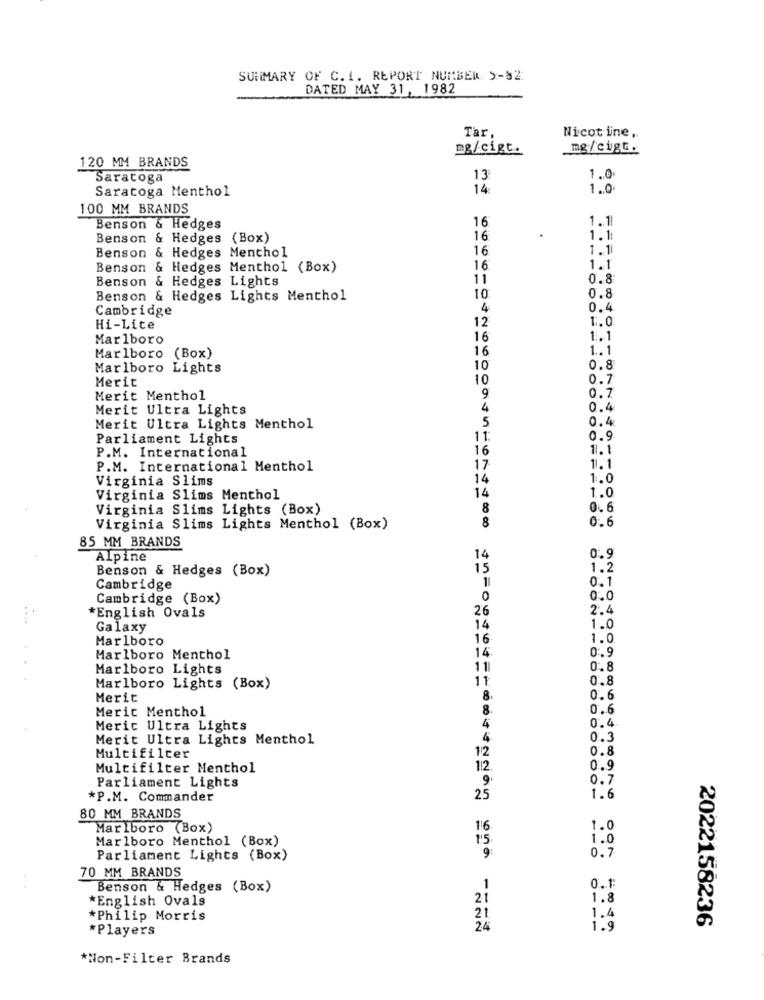
SUMMARY OF C. 1. REPORT NUMBER >-82:
DATED MAY 31, 1982
Tar
Nicot ine,
mg/cigt.
mg/cigt.
120 MM BRANDS
Saratoga
13
1 .. 0
Saratoga Menthol
14
1.0
100 MM BRANDS
16
1.1
Benson & Hedges
Benson & Hedges (Box)
16
1.11
Benson & Hedges Menthol
16
1.1
Benson & Hedges Menthol (Box)
16
1.1
Benson & Hedges Lights
11
0.8
Benson & Hedges Lights Menthol
10
0.8
Cambridge
4
0.4
12
1.0
Hi-Lite
Marlboro
16
1.1
16
1.1
Marlboro (Box)
Marlboro Lights
10
0.8
Merit
10
0.7
Merit Menthol
9
0.7
Merit Ultra Lights
4
0.4
0.4
Merit Ultra Lights Menthol
5
Parliament Lights
11
0.9
16
1.1
P.M. International
P.M. International Menthol
17
1.1
Virginia Slims
14
1.0
14
1.0
Virginia Slims Menthol
Virginia Slims Lights (Box)
8
0.6
8
Virginia Slims Lights Menthol (Box)
0.6
85 MM BRANDS
0.9
Alpine
14
Benson & Hedges (Box)
15
1.2
11
0.1
Cambridge
Cambridge (Box)
0
0.0
*English Ovals
26
2.4
Galaxy
14
1.0
Marlboro
16
1.0
14
0 :. 9
Marlboro Menthol
Marlboro Lights
111
0. 8
11
0.8
Marlboro Lights (Box)
Merit
8.
0.6
Merit Menthol
8.
0.6
0.4
Meric Ultra Lights
4
Merit Ultra Lights Menthol
4
0.3
0.8
Multifilter
12
Multifilter Menthol
112 .
0.9
Parliament Lights
9
0.7
*P.M. Commander
25
1.6
80 MM BRANDS
Marlboro (Box)
16
1.0
Marlboro Menthol (Box)
1.5.
1.0
Parliament Lights (Box)
9:
0.7
70 MM BRANDS
Benson & Hedges (Box)
1
0.1:
English Ovals
21
1.8
21
*Philip Morris
1.4
*Players
2.4
1.9
2022158236
*Non-Filter Brands